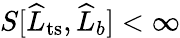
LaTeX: S[\widehat{L}_{\mathrm{ts}},\widehat{L}_{b}]<\infty